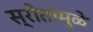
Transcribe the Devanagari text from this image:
स्रोतांमुळे